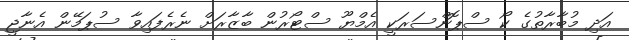
އަދި މުބާރާތުގެ ކޯ ސްޕޮންސަރަކީ އެމްޔޫ ސްޓޯރުން ބާޒާރަށް ނެރެފައިވާ ސުޕަމޭން އެނާޖީ